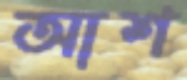
আশ